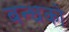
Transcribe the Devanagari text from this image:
बन्धको